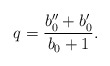
\begin{align*}q=\frac{b_{0}^{\prime\prime}+b_{0}^{\prime}}{b_{0}+1}. \end{align*}